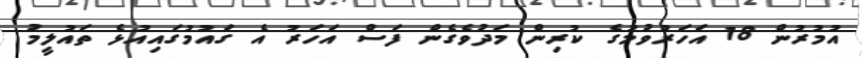
އުމުރުން 18 އަހަރުވުމުގެ ކުރިން މަދުވެގެން ފަސް އަހަރު އެ ގައުމުގައިއުޅެ ތައުލީމު